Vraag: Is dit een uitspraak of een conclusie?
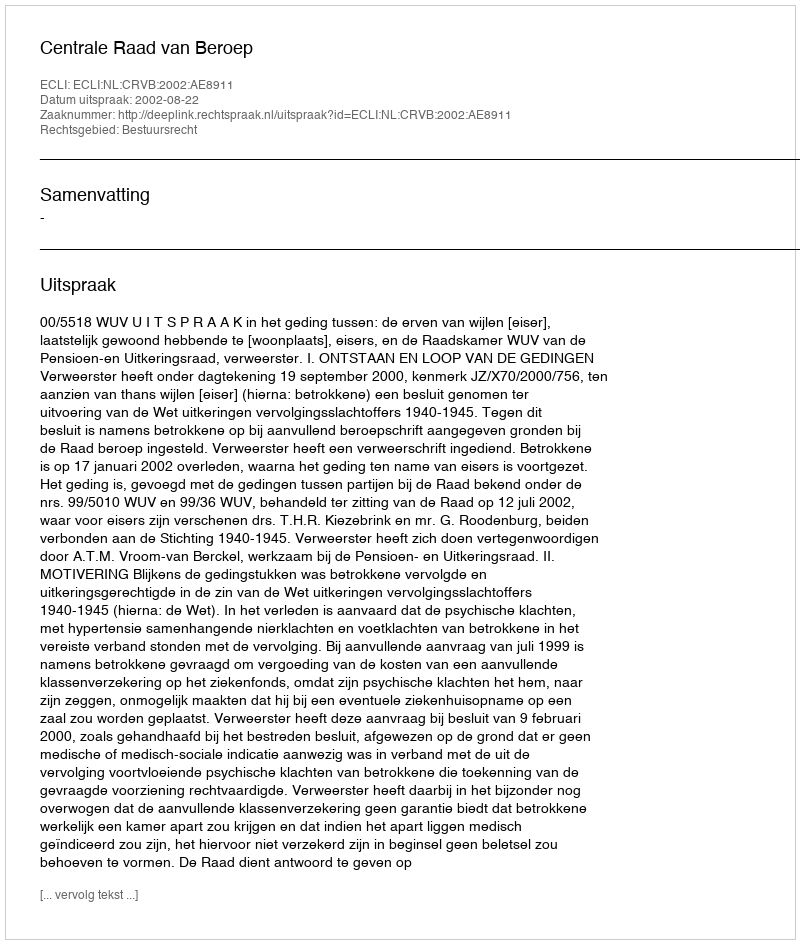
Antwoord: Uitspraak